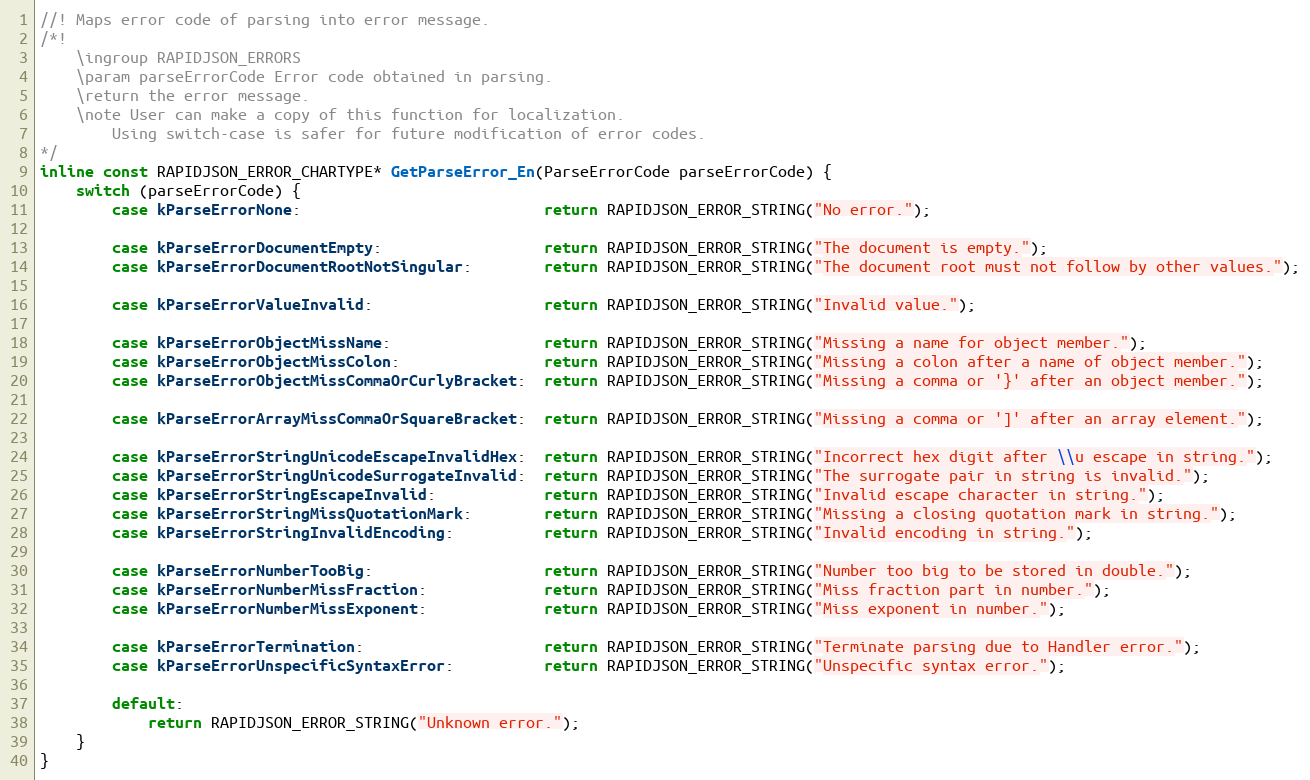
Language: C
//! Maps error code of parsing into error message.
/*!
    \ingroup RAPIDJSON_ERRORS
    \param parseErrorCode Error code obtained in parsing.
    \return the error message.
    \note User can make a copy of this function for localization.
        Using switch-case is safer for future modification of error codes.
*/
inline const RAPIDJSON_ERROR_CHARTYPE* GetParseError_En(ParseErrorCode parseErrorCode) {
    switch (parseErrorCode) {
        case kParseErrorNone:                           return RAPIDJSON_ERROR_STRING("No error.");

        case kParseErrorDocumentEmpty:                  return RAPIDJSON_ERROR_STRING("The document is empty.");
        case kParseErrorDocumentRootNotSingular:        return RAPIDJSON_ERROR_STRING("The document root must not follow by other values.");

        case kParseErrorValueInvalid:                   return RAPIDJSON_ERROR_STRING("Invalid value.");

        case kParseErrorObjectMissName:                 return RAPIDJSON_ERROR_STRING("Missing a name for object member.");
        case kParseErrorObjectMissColon:                return RAPIDJSON_ERROR_STRING("Missing a colon after a name of object member.");
        case kParseErrorObjectMissCommaOrCurlyBracket:  return RAPIDJSON_ERROR_STRING("Missing a comma or '}' after an object member.");

        case kParseErrorArrayMissCommaOrSquareBracket:  return RAPIDJSON_ERROR_STRING("Missing a comma or ']' after an array element.");

        case kParseErrorStringUnicodeEscapeInvalidHex:  return RAPIDJSON_ERROR_STRING("Incorrect hex digit after \\u escape in string.");
        case kParseErrorStringUnicodeSurrogateInvalid:  return RAPIDJSON_ERROR_STRING("The surrogate pair in string is invalid.");
        case kParseErrorStringEscapeInvalid:            return RAPIDJSON_ERROR_STRING("Invalid escape character in string.");
        case kParseErrorStringMissQuotationMark:        return RAPIDJSON_ERROR_STRING("Missing a closing quotation mark in string.");
        case kParseErrorStringInvalidEncoding:          return RAPIDJSON_ERROR_STRING("Invalid encoding in string.");

        case kParseErrorNumberTooBig:                   return RAPIDJSON_ERROR_STRING("Number too big to be stored in double.");
        case kParseErrorNumberMissFraction:             return RAPIDJSON_ERROR_STRING("Miss fraction part in number.");
        case kParseErrorNumberMissExponent:             return RAPIDJSON_ERROR_STRING("Miss exponent in number.");

        case kParseErrorTermination:                    return RAPIDJSON_ERROR_STRING("Terminate parsing due to Handler error.");
        case kParseErrorUnspecificSyntaxError:          return RAPIDJSON_ERROR_STRING("Unspecific syntax error.");

        default:
            return RAPIDJSON_ERROR_STRING("Unknown error.");
    }
}